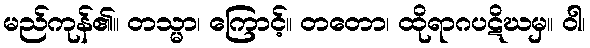
မည်ကုန်၏။ တသ္မာ၊ ကြောင့်။ တတော၊ ထိုရာဂပဋိဃမှ။ ဝါ၊